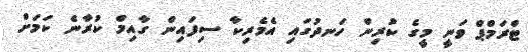
ޓްރަމްޕް ވަނީ މީގެ ކުރިން ހަނދުގައި އެމެރިކާ ސިފައިން ގާއިމް ކުރާނެ ކަަމަށް